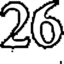
26